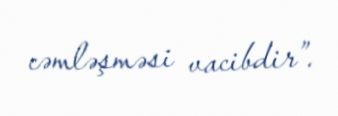
cəmləşməsi vacibdir”.